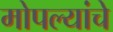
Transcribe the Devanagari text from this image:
मोपल्यांचे